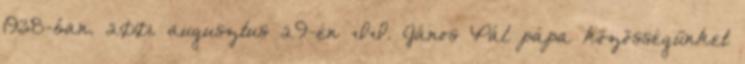
1938-ban. 2001. augusztus 29-én II. János Pál pápa közösségünket